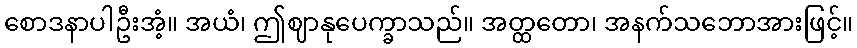
စောဒနာပါဦးအံ့။ အယံ၊ ဤဈာနုပေက္ခာသည်။ အတ္ထတော၊ အနက်သဘောအားဖြင့်။